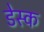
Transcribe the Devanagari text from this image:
डेस्‍क